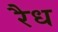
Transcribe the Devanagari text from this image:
रैध